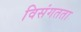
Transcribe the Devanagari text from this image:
विसंगतता